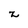
Character: z